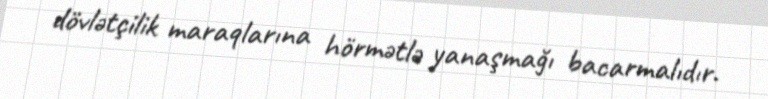
dövlətçilik maraqlarına hörmətlə yanaşmağı bacarmalıdır.